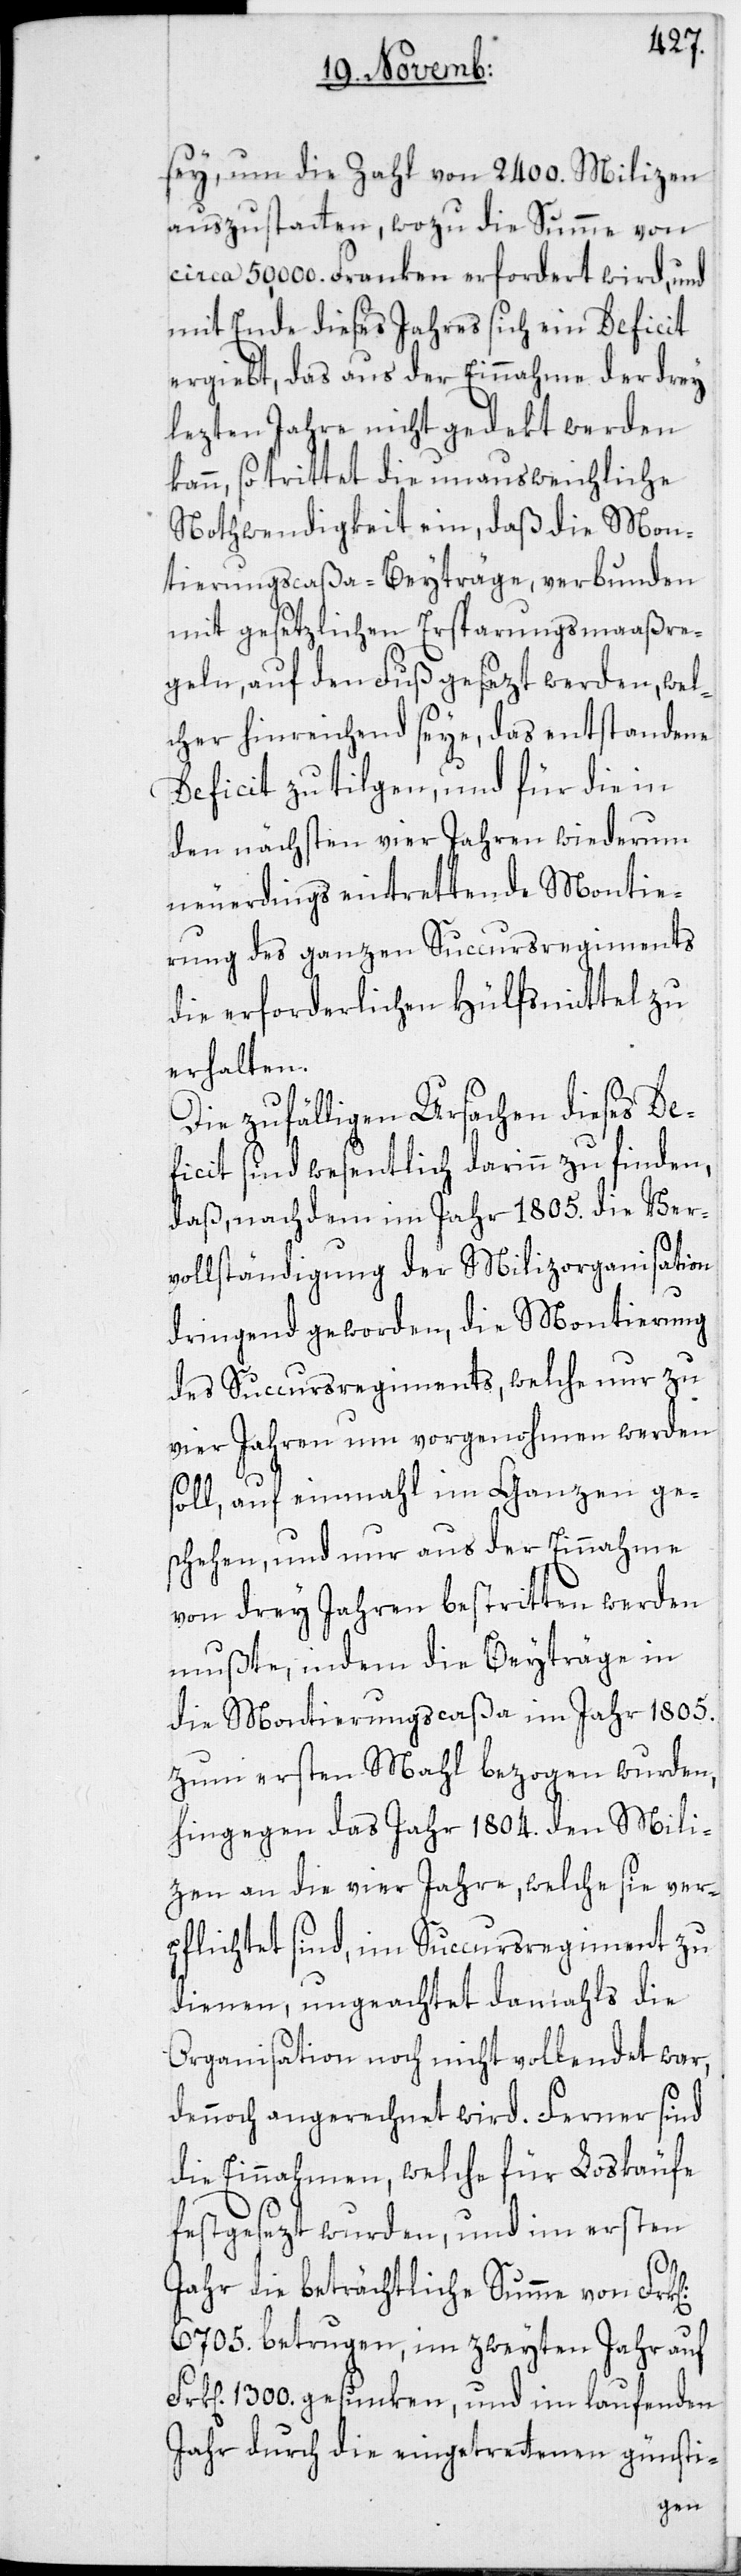
sey, um die Zahl von 2400. Milizen
auszustatten, wozu die Summe von
circa 50,000. Franken erfordert wird, und
mit Ende dieses Jahres sich ein Deficit
ergiebt, das aus der Einnahme der drey
lezten Jahre nicht gedekt werden
kann, so trittet die unausweichliche
Nothwendigkeit ein, daß die Mon¬
tierungscaßa-Beyträge, verbunden
mit gesetzlichen Ersparungsmaaßre¬
geln, auf den Fuß gesezt werden, wel¬
cher hinreichend seye, das entstandene
Deficit zu tilgen, und für die in
den nächsten vier Jahren wiederum
neuerdings eintrettende Montie¬
rung des ganzen Succursregiments
die erforderlichen Hülfsmittel zu
erhalten.
Die zufälligen Ursachen dieses De¬
ficit sind wesentlich darinn zu finden,
daß, nachdem im Jahr 1805. die Ver¬
vollständigung der Milizorganisation
dringend geworden, die Montierung
des Succursregiments, welche nur zu
vier Jahren um vorgenohmen werden
soll, auf einmahl im Ganzen ge¬
schehen, und nur aus der Einnahme
von drey Jahren bestritten werden
mußte, indem die Beyträge in
die Montierungscaßa im Jahr 1805.
zum ersten Mahl bezogen wurden,
hingegen das Jahr 1804. den Mili¬
zen an die vier Jahre, welche sie ver¬
pflichtet sind, im Succursregiment zu
dienen, ungeachtet damahls die
Organisation noch nicht vollendet war,
dennoch angerechnet wird. Ferner sind
die Einnahmen, welche für Loskäufe
festgesezt wurden, und im ersten
Jahr die beträchtliche Summe von
6705. betrugen, im zweyten Jahr auf
Frk[en]. 1300. gesunken, und im laufenden
Jahr durch die eingetrettenen günsti-